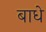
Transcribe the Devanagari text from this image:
बाधे